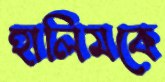
হালিমকে